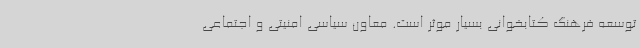
توسعه فرهنگ کتابخوانی بسیار موثر است. معاون سیاسی امنیتی و اجتماعی